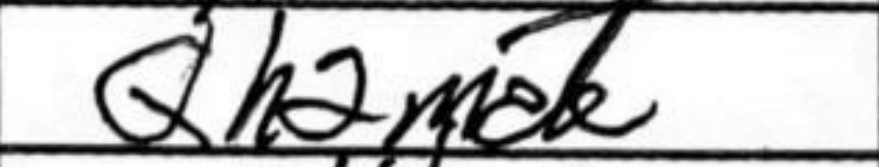
Transcription: Qh2